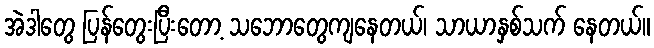
အဲဒါတွေ ပြန်တွေးပြီးတော့ သဘောတွေကျနေတယ်၊ သာယာနှစ်သက် နေတယ်။